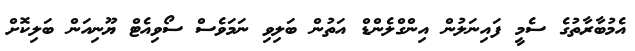
އެމުބާރާތުގެ ސެމީ ފައިނަލުން އިންގްލެންޑް އަތުން ބަލިވި ނަމަވެސް ސޯވިއެޓް ޔޫނިއަން ބަލިކޮށް